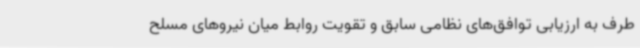
طرف به ارزیابی توافق‌های نظامی سابق و تقویت روابط میان نیروهای مسلح